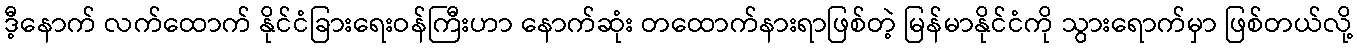
ဒီ့နောက် လက်ထောက် နိုင်ငံခြားရေးဝန်ကြီးဟာ နောက်ဆုံး တထောက်နားရာဖြစ်တဲ့ မြန်မာနိုင်ငံကို သွားရောက်မှာ ဖြစ်တယ်လို့